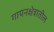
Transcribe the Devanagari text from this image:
गायनक्षेत्रातील